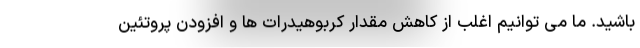
باشید. ما می توانیم اغلب از کاهش مقدار کربوهیدرات ها و افزودن پروتئین